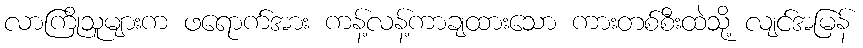
လာကြိုသူများက ဖရောက်အား ကန့်လန့်ကာချထားသော ကားတစ်စီးထဲသို့ လျင်အမြန်